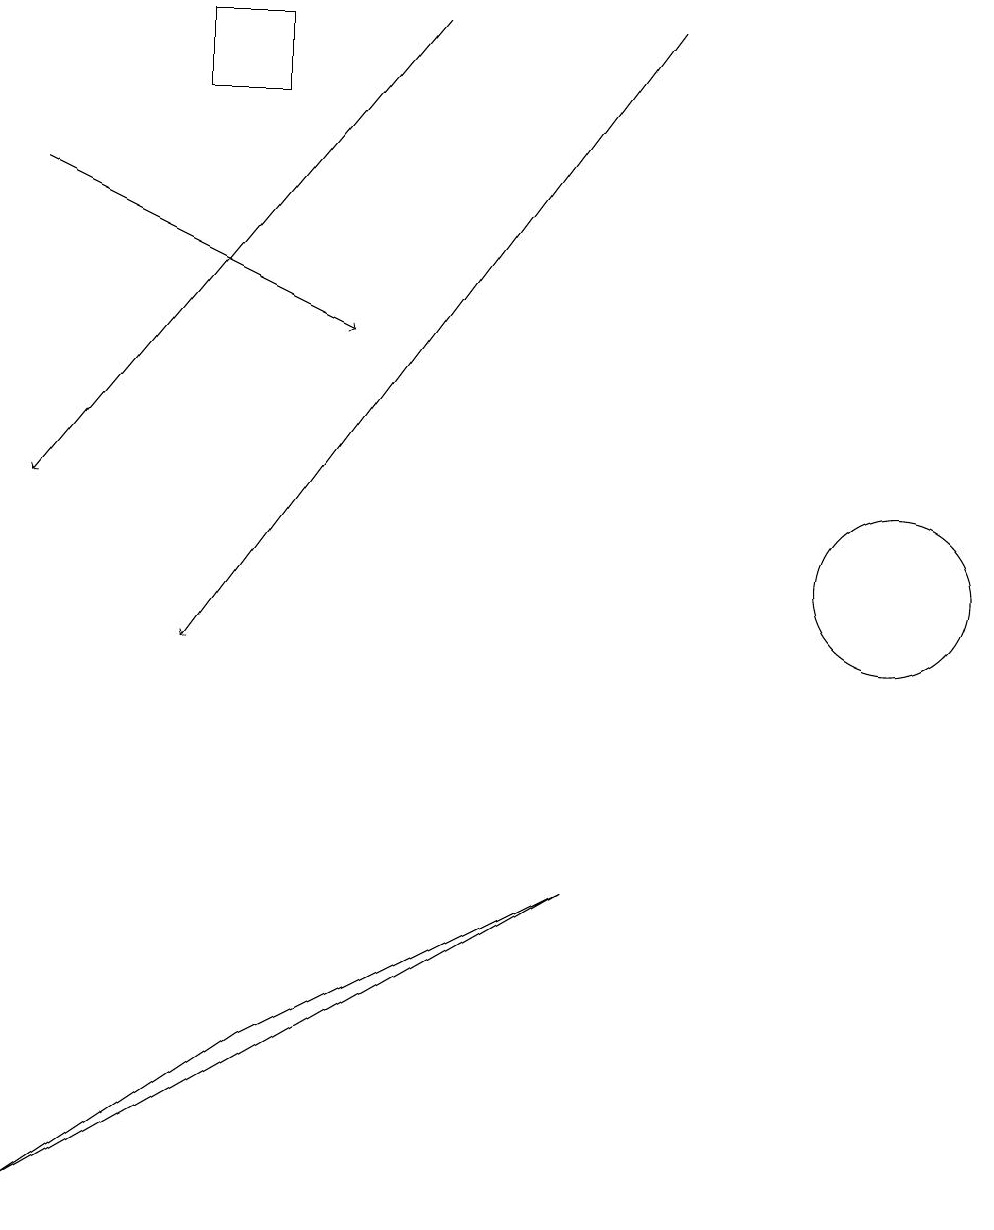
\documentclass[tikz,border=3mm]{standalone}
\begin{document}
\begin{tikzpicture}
\draw[->] (8,18) -- (2,10);
\draw (0,3) -- (3,5) -- (7,7) -- cycle;
\draw (2,18) rectangle (3,17);
\draw[->] (5,18) -- (0,12);
\draw[->] (0,16) -- (4,14);
\draw (11,11) circle (1);
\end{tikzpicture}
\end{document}